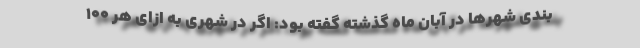
بندی شهرها در آبان ماه گذشته گفته بود: اگر در شهری به ازای هر ۱۰۰